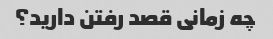
چه زمانی قصد رفتن دارید؟